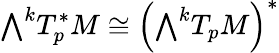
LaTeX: {\textstyle\bigwedge}^{k}T_{p}^{*}M\cong{\Big(}{\textstyle\bigwedge}^{k}T_{p}M{\Big)}^{*}